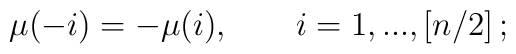
\mu (-i)=-\mu (i),\quad\quad i=1,...,\left[ n/2\right];